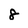
Character: 8